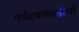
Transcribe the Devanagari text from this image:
पर्यटकांसाठीची